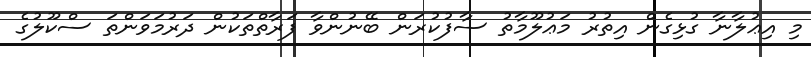
މި އިޢުލާނާ ގުޅިގެން އިތުރު މަޢުލޫމާތު ސާފުކުރަން ބޭނުންވާ ފަރާތްތަކުން ދަރުމަވަންތަ ސްކޫލުގެ